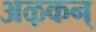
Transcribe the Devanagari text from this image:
अऴकन्